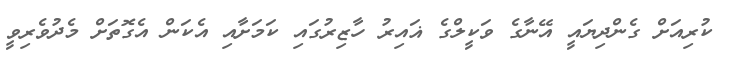
ކުރިއަށް ގެންދިޔައީ އޭނާގެ ވަކީލްގެ ޣައިރު ހާޒިރުގައި ކަމަށާއި އެކަން އެގޮތަށް މެދުވެރިވީ